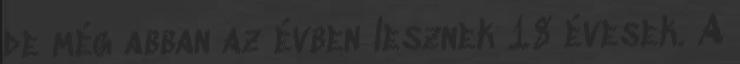
de még abban az évben lesznek 18 évesek. A